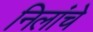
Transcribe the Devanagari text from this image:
निलांचे